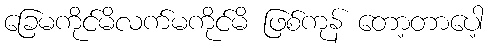
ခြေမကိုင်မိလက်မကိုင်မိ ဖြစ်ကုန် တော့တာပေါ့